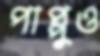
পাপ্পুও